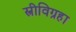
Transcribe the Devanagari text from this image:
स्त्रीविग्रहा